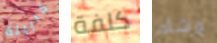
كابينة كلفة وشك